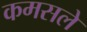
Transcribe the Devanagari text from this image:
कमसले